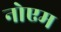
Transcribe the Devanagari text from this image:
नोएम